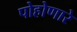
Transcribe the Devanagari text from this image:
पोहोणारे